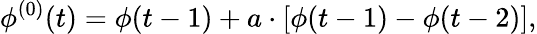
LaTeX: \phi^{(0)}(t)=\phi(t-1)+a\cdot[\phi(t-1)-\phi(t-2)],